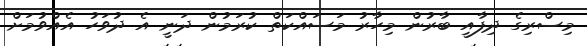
މިސްރިގެ ދިފާއީ ބާރުން މިހާރު މަސައްކަތް ކުރަމުން ދަނީ އެ ދުވަހު އެއްވުމަށް